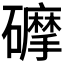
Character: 𥗂